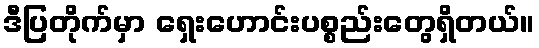
ဒီပြတိုက်မှာ ရှေးဟောင်းပစ္စည်းတွေရှိတယ်။